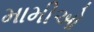
મામીઓ